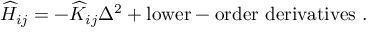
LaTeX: \widehat { H } _ { i j } = - \widehat { K } _ { i j } \Delta ^ { 2 } + \mathrm { l o w e r - o r d e r ~ d e r i v a t i v e s ~ } .